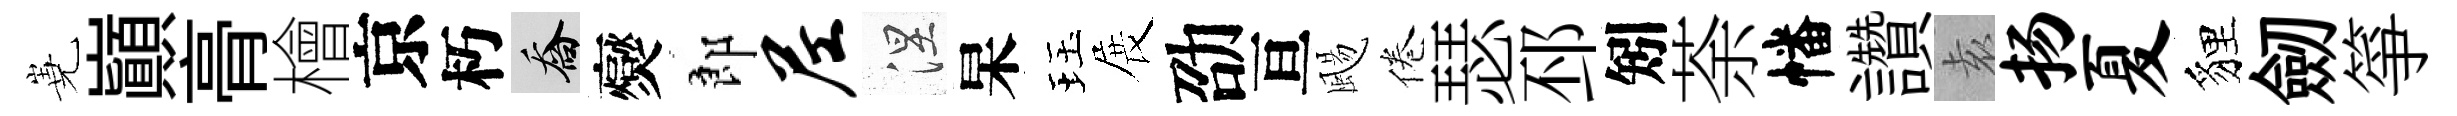
嶤巔𮌔檜京朽喬爕郎尼涅杲珏展劭亘颺倦瑟邳矧荼幡讚𡊮扬夏貍劒箏